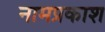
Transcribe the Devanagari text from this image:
नामप्रकाश